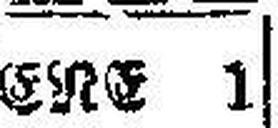
ERE 1